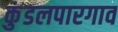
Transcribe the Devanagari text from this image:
कुंडलपारगाव